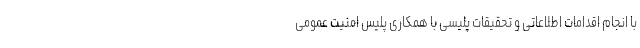
با انجام اقدامات اطلاعاتی و تحقیقات پلیسی با همکاری پلیس امنیت عمومی